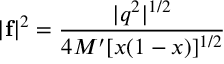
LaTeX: | { \bf f } | ^ { 2 } = \frac { | q ^ { 2 } | ^ { 1 / 2 } } { 4 M ^ { \prime } [ x ( 1 - x ) ] ^ { 1 / 2 } }